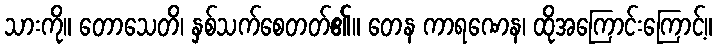
သားကို။ တောသေတိ၊ နှစ်သက်စေတတ်၏။ တေန ကာရဏေန၊ ထိုအကြောင်းကြောင့်။